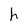
Character: h